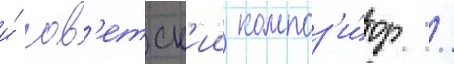
и́ сов'етск'ии композ'и́тор /